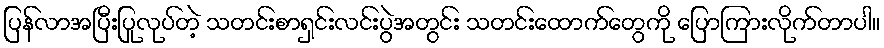
ပြန်လာအပြီးပြုလုပ်တဲ့ သတင်းစာရှင်းလင်းပွဲအတွင်း သတင်းထောက်တွေကို ပြောကြားလိုက်တာပါ။